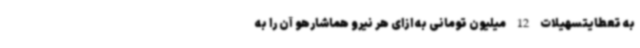
به تعطایتسهیلات 12 میلیون تومانی به ازای هر نیرو هماشارهو آن را به